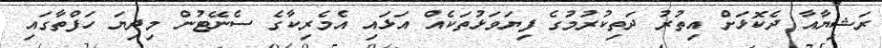
ރަޝިޔާއާ ދެކޮޅަށް އިތުރު ދަތިކުރުމުގެ ފިޔަވަޅުތަކެއް އަޅައި އެމެރިކާގެ ސެނޭޓުން މިދިޔަ ހަފްތާގައި